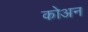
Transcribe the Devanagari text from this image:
कोअन